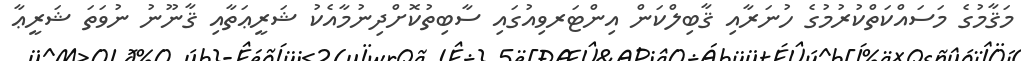
މަޤާމުގެ މަސައްކަތްކުރުމުގެ ހުނަރާއި ޤާބިލްކަން އިންޓަރވިއުގައި ސާބިތުކޮށްދިނުމާއެކު ޝަރީޢަތާއި ޤާނޫނު ނުވަތަ ޝަރީޢާ